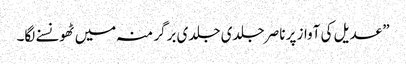
” عدیل کی آواز پر ناصر جلدی جلدی برگر منہ میں ٹھونسنے لگا۔